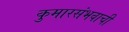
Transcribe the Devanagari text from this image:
कुमारसंभवाची